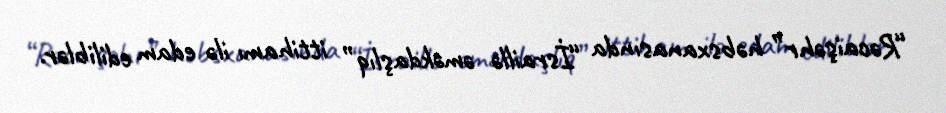
“Rəcaişəhr” həbsxanasında “İsraillə əməkdaşlıq” ittihamı ilə edam ediliblər.